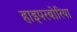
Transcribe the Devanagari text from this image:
हाइपरबोरिया